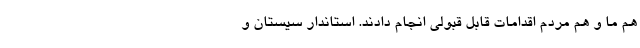
هم ما و هم مردم اقدامات قابل قبولی انجام دادند. استاندار سیستان و